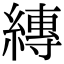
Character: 縳